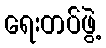
ရေးတပ်ဖွဲ့